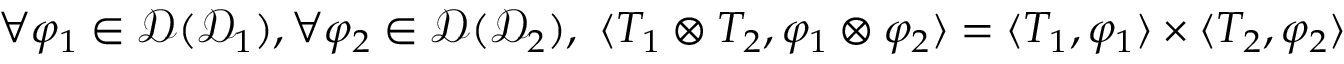
\begin{array} { r } { \forall \varphi _ { 1 } \in \mathscr { D } ( \mathcal { D } _ { 1 } ) , \forall \varphi _ { 2 } \in \mathscr { D } ( \mathcal { D } _ { 2 } ) , \ \langle T _ { 1 } \otimes T _ { 2 } , \varphi _ { 1 } \otimes \varphi _ { 2 } \rangle = \langle T _ { 1 } , \varphi _ { 1 } \rangle \times \langle T _ { 2 } , \varphi _ { 2 } \rangle } \end{array}